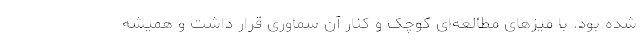
شده بود. با میزهای مطالعه‌ای کوچک و کنار آن سماوری قرار داشت و همیشه